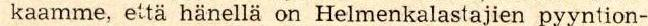
kaamme, että hänellä on Helmenkalastajien pyyntion-